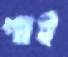
পাই